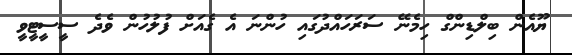
ޔޫއެން ބިލްޑިންގް ހިމެނޭ ސަރަހައްދުގައި ހުންނަ އެ ގެއަށް ފުުލުހުން ވެދެ ސީސީޓީވީ